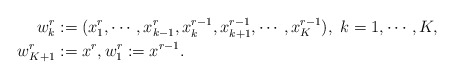
\begin{align*}w^r_k&:=(x^{r}_1,\cdots, x^{r}_{k-1}, x^{r-1}_{k}, x^{r-1}_{k+1}, \cdots, x^{r-1}_K), \ k=1,\cdots, K,\\\ w^{r}_{K+1}&:=x^r, w^{r}_{1}:=x^{r-1} .\end{align*}